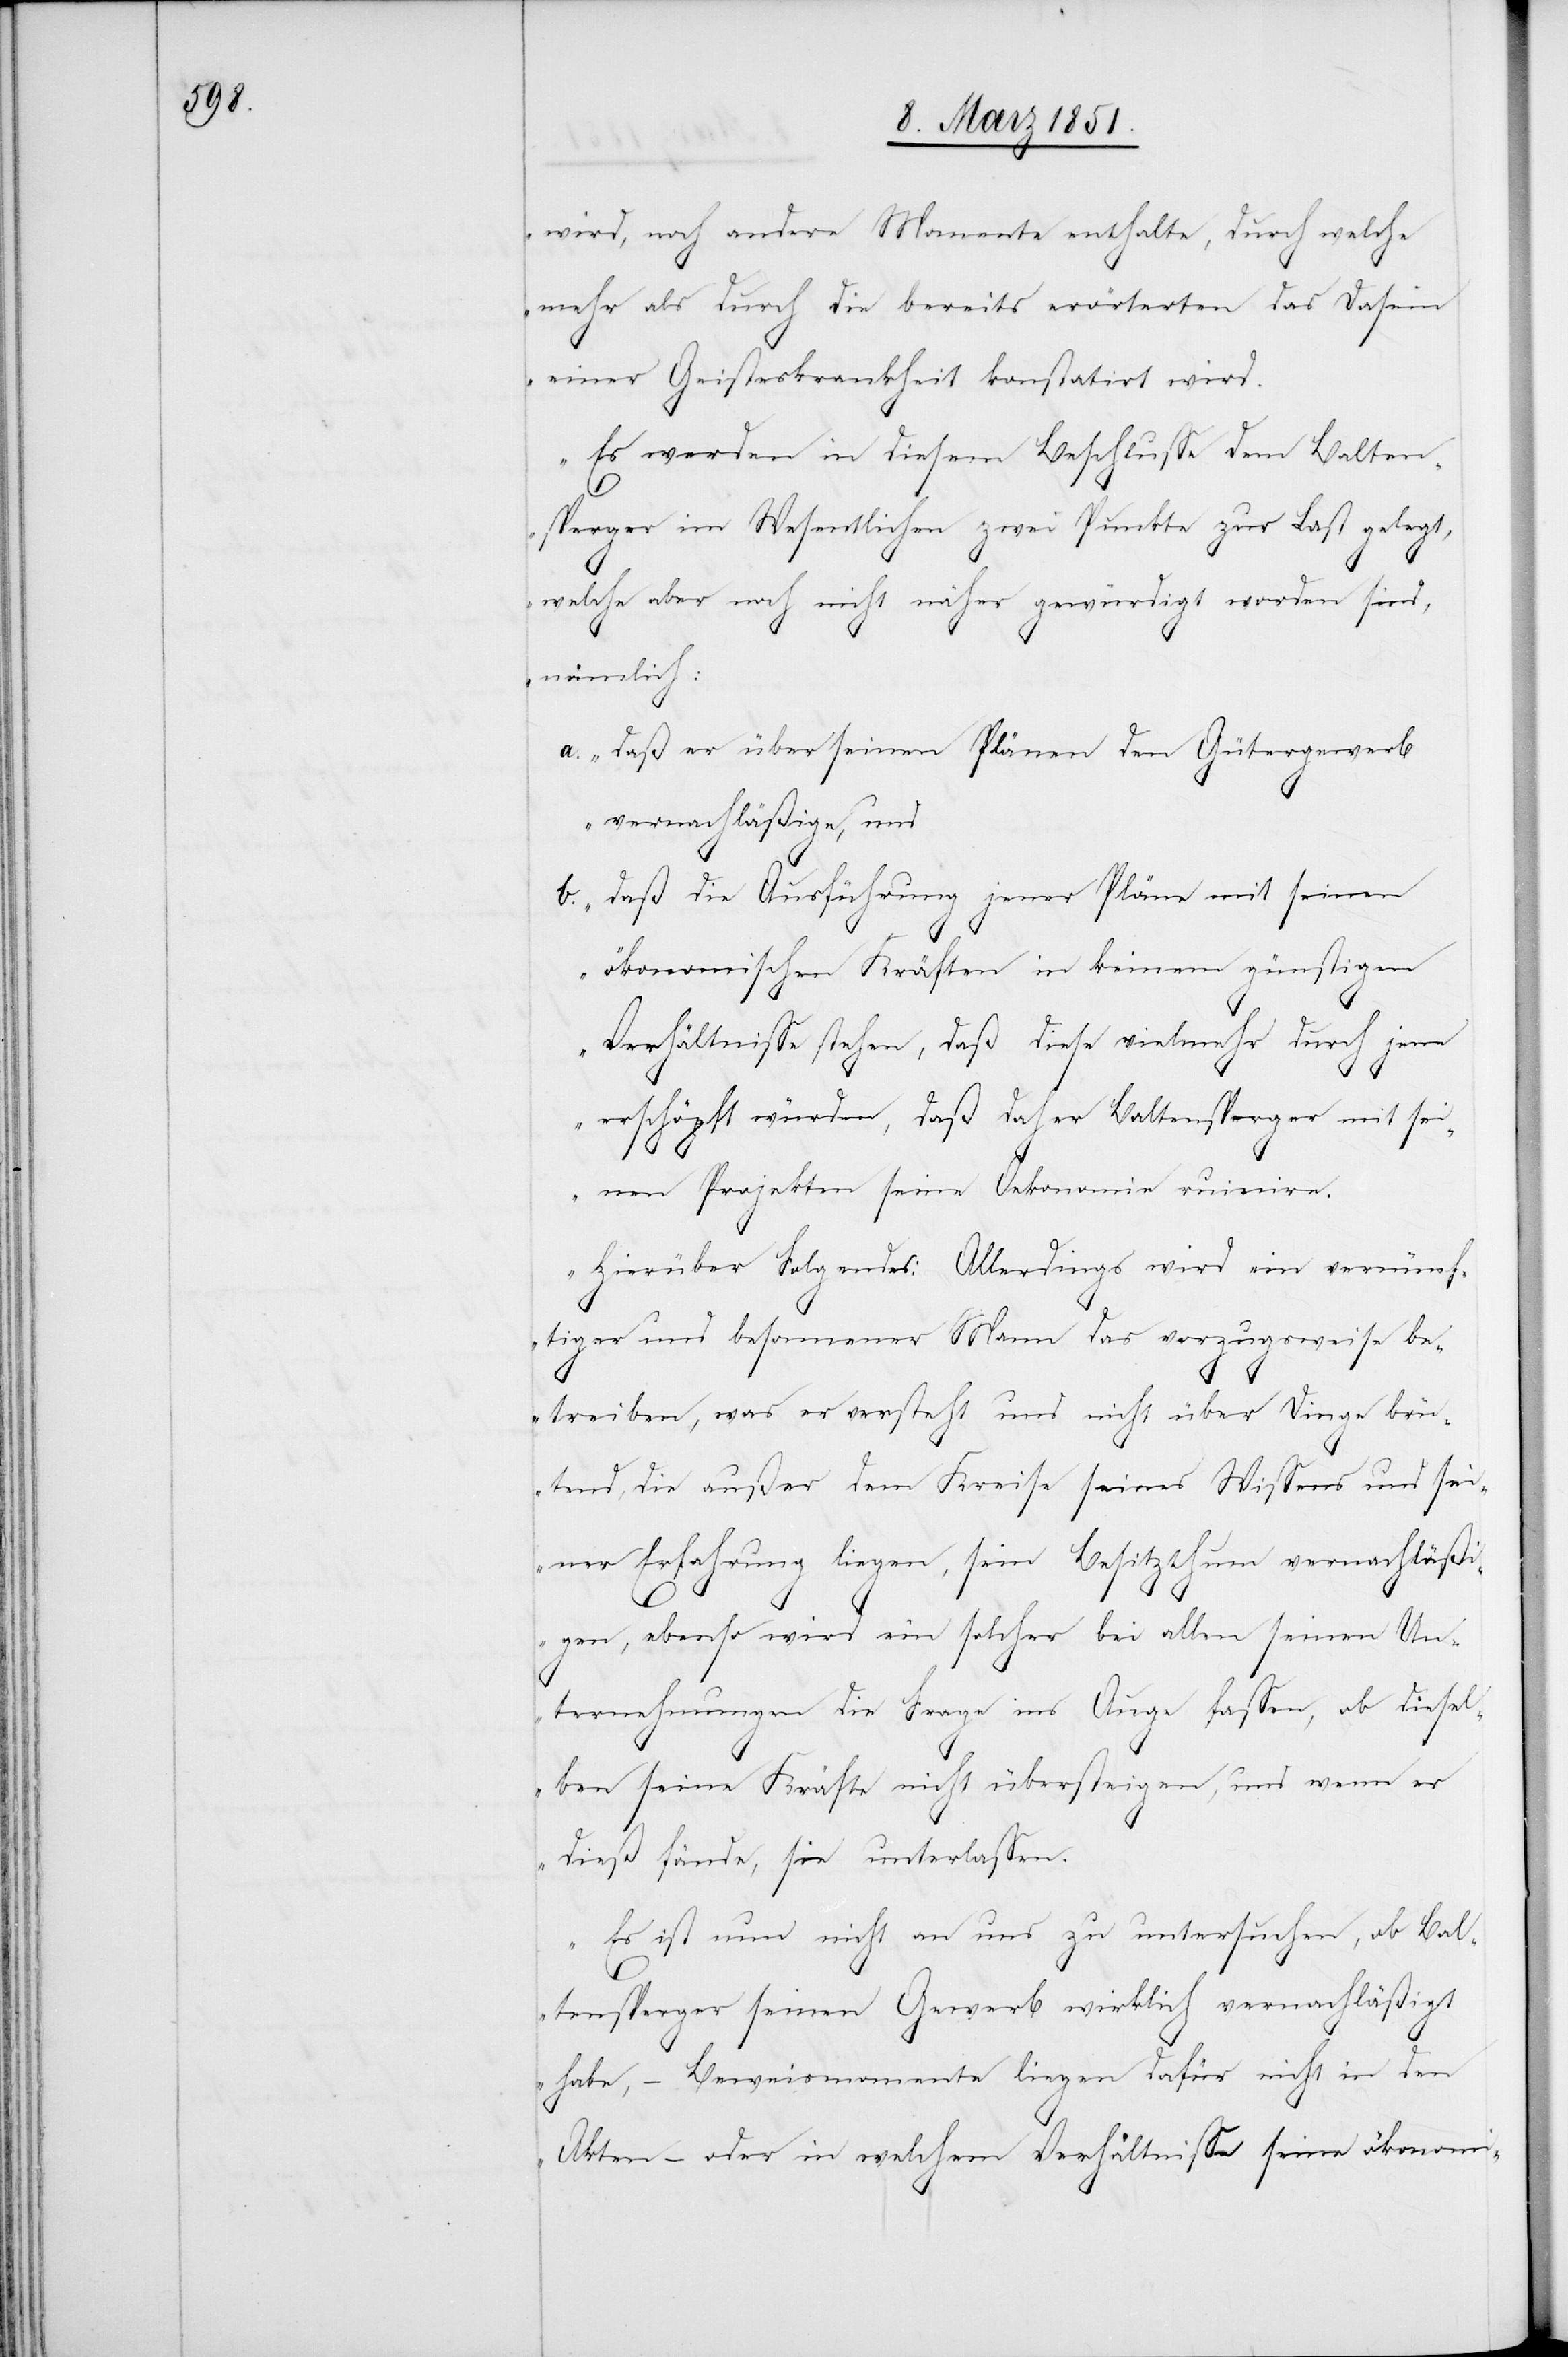
wird, noch andere Momente enthalte, durch welche
mehr als durch die bereits erörterten das Dasein
einer Geisteskrankheit konstatirt wird.
Es werden in diesem Beschlusse dem Balten¬
sperger im Wesentlichen zwei Punkte zur Last gelegt,
welche aber noch nicht näher gewürdigt worden sind,
nämlich:
daß er über seinen Plänen den Gütergewerb
vernachläßige, und
daß die Ausführung jener Pläne mit seinen
ökonomischen Kräften in keinem günstigen
Verhältnisse stehen, daß diese vielmehr durch jene
erschöpft würden, daß daher Baltensperger mit sei¬
nen Projekten seine Oekonomie ruinire.
Hierüber Folgendes: Allerdings wird ein vernünf¬
tiger und besonnener Mann das vorzugsweise be¬
treiben, was er versteht und nicht über Dinge brü¬
tend, die außer dem Kreise seines Wissens und sei¬
ner Erfahrung liegen, sein Besitzthum vernachläßi¬
b.
gen, ebenso wird ein solcher bei allen seinen Un¬
ternehmungen die Frage ins Auge fassen, ob diesel¬
ben seine Kräfte nicht übersteigen, und wenn er
dieß fände, sie unterlassen.
Es ist nun nicht an uns zu untersuchen, ob Bal¬
tensperger seinen Gewerb wirklich vernachläßigt
habe, – Beweismomente liegen dafür nicht in den
Akten – oder in welchem Verhältnisse seine ökonomi-